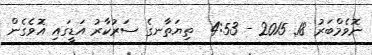
ނޮވެމްބަރު 18